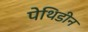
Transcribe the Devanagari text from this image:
पेथिडीन